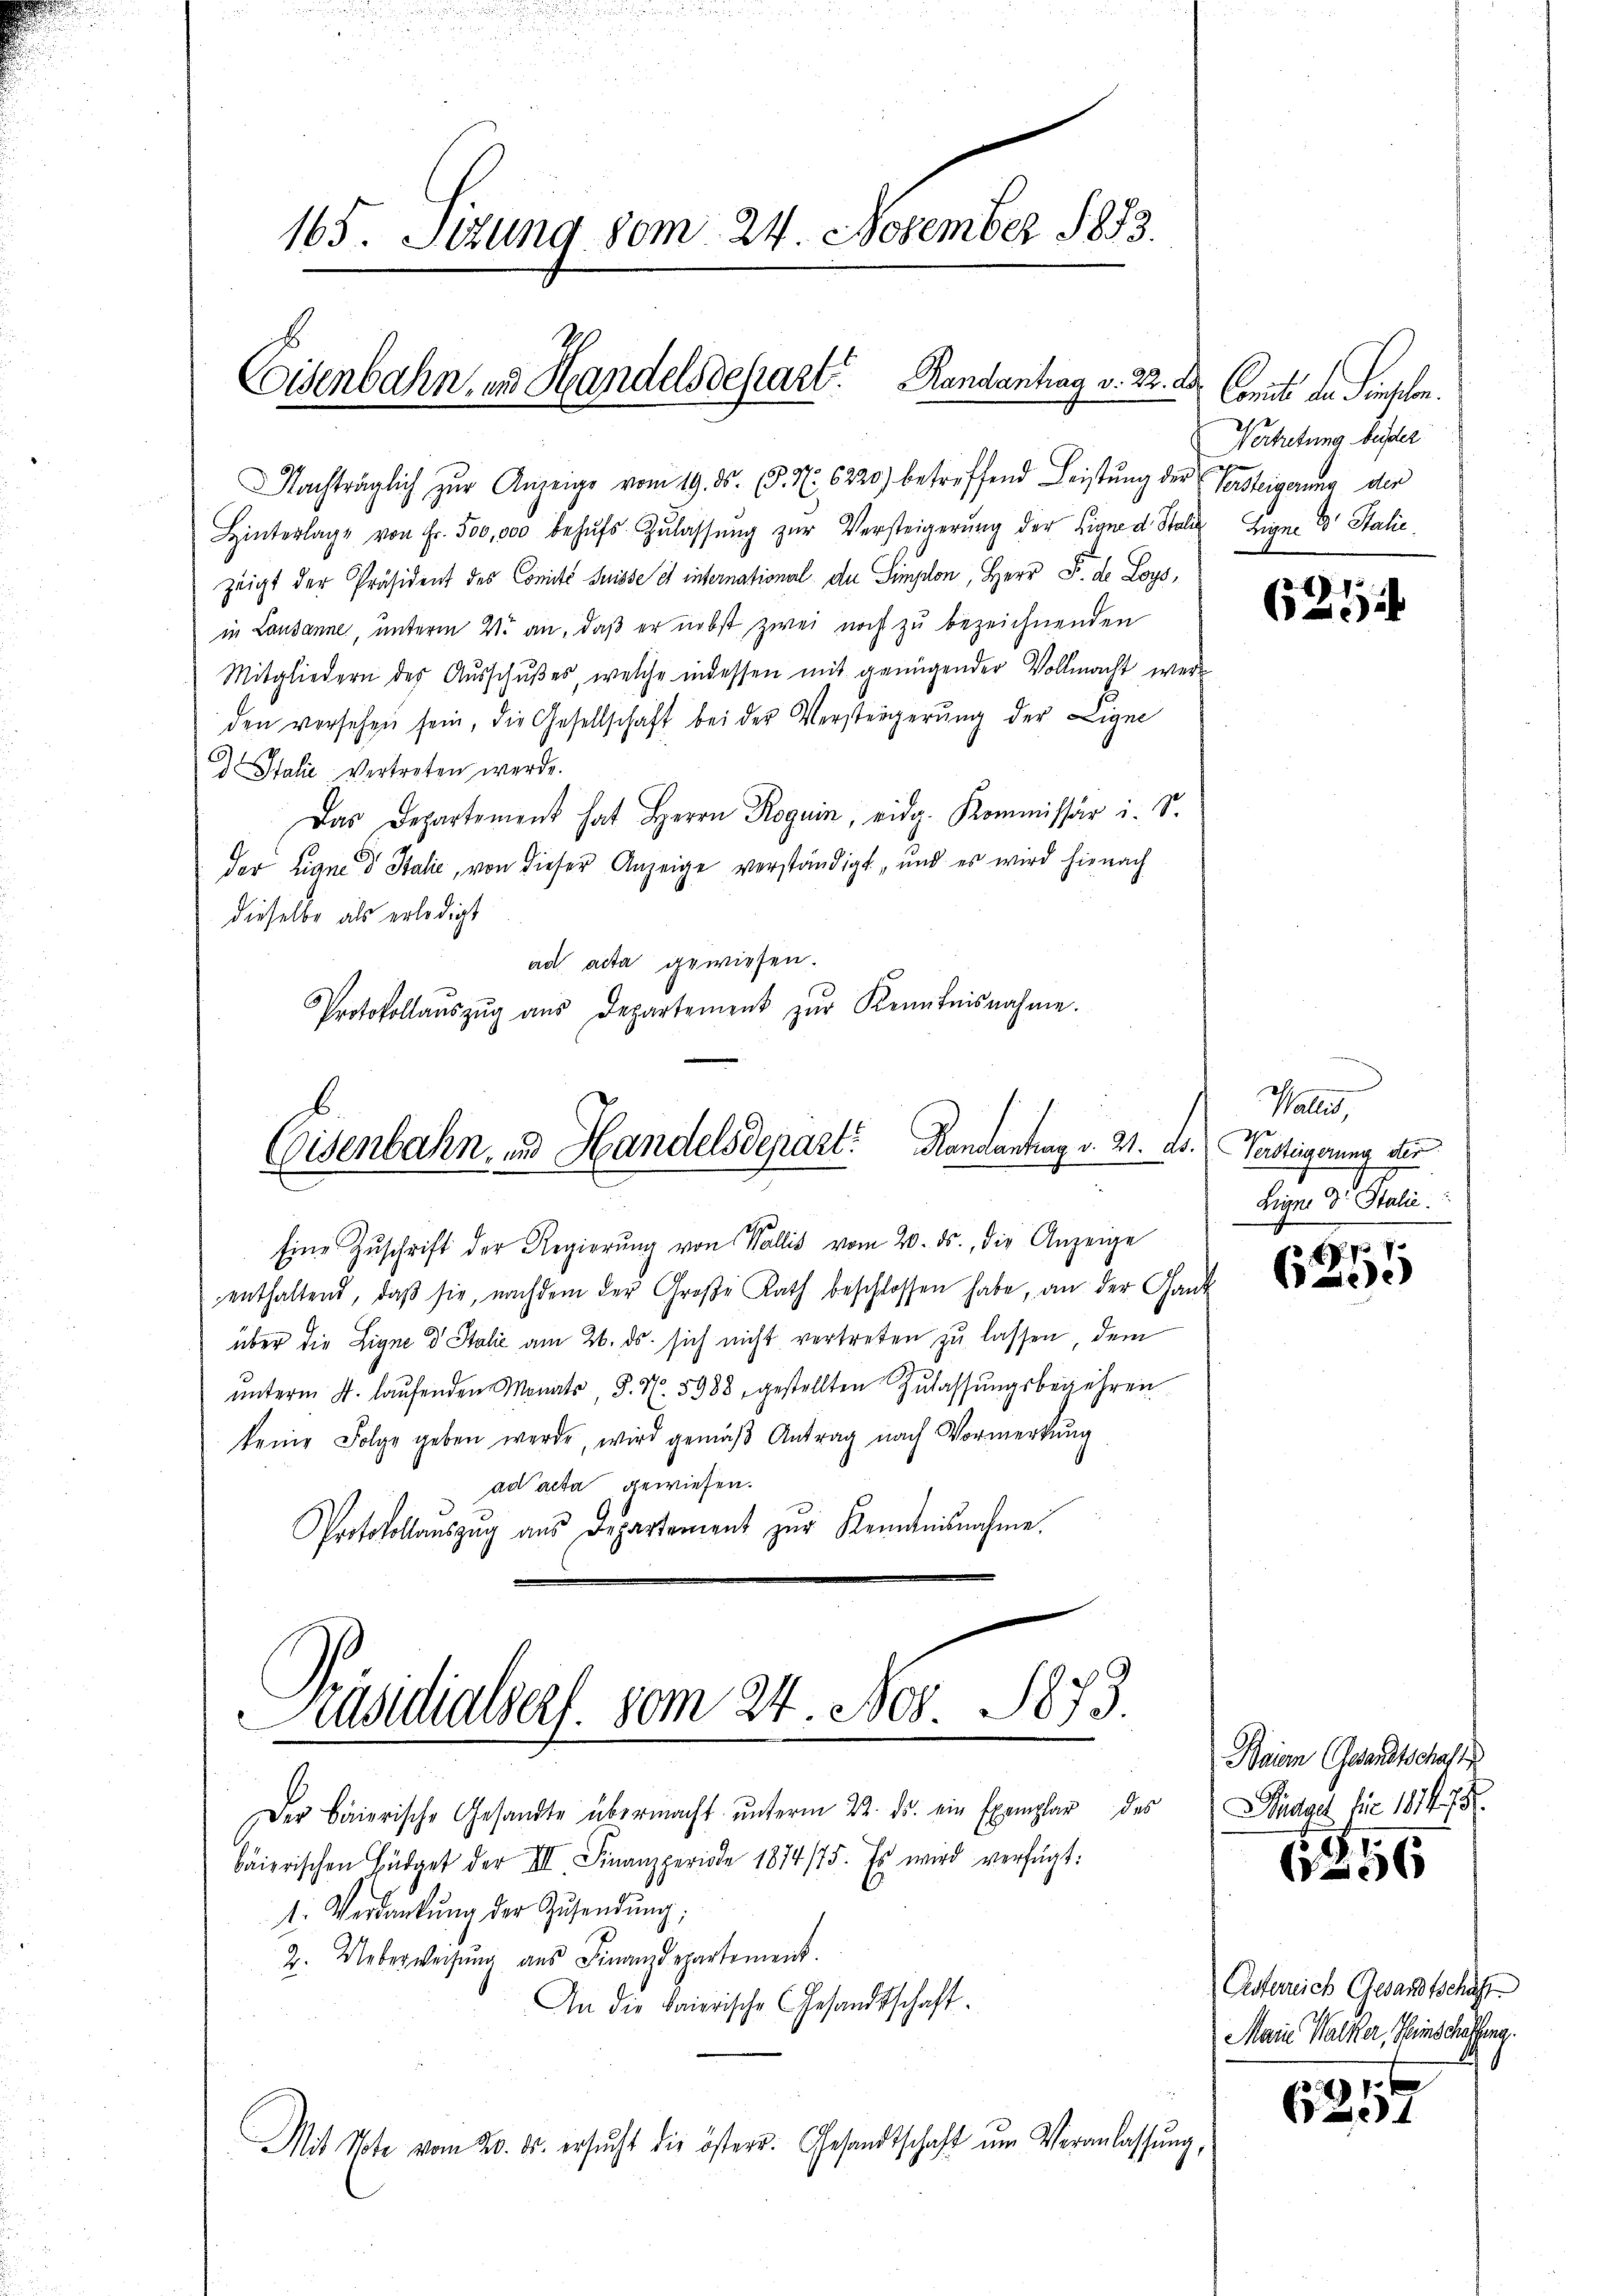
165. Sitzung vom 24. November 1873.

Coisenbahn, in Handelsdepart. Randantag v. 22. Der

Nachträglich zur Anzeige vom 19. ds. (§. 7. 6220) betreffend Leistŭng der Vorsteigerung der
Hinterlage von Fr. 500,000 behŭfs Zŭlassŭng zŭr Versteigerŭng der Eigne d. Staliz Eigen E. Stalie
zeigt der Präsident des Comité Suisse et international de Simplon, Herr F. de Loys,
in Lausanne, unterm 21. an, daß er nebst zwei noch zu bezeichnenden
Mitgliedern des Aŭsschŭβes, welche indessen mit genügender Vollmacht weder
den versehen sein, die Gesellschaft bei der Versteigerŭng der Ligne
 Italie vertreten werde.
Das Departement hat Herrn Roguin, eidg. Kommissär i. S.
der Linne d Italić, von dieser Anzeige verständigt, und es wird hienach
dieselbe als erledigt
ad acta gewiesen.
Protokollaŭszŭg aŭs Departement zŭr Kenntnisnahme.

Eisenbahn, und Handelsdepart Randantrag v. 21. ds.

Eine Zŭschrift der Regierŭng von Wallis vom 20. ds., die Anzeige
enthaltend, daβ sie, nachdem der Große Rath beschlossen habe, an der Gant
über die Ligne d Stalić am 26. ds. sich nicht vertreten zu lassen, dem
ŭnterm 4. laŭfenden Monats, S. N. 5988, gestellten Zŭlassŭngsbegehren
keine Folge geben werde, wird gemäβ Antrag nach Vormerkŭng
ad acta gewiesen.
Protokollaŭszŭg aŭs Departement zur Remanisnahme.

Präsidialsers. vom 24. Nov. 1873.

Der Baierische Gesandte übermacht ŭnterm 22. ds. ein Exemplar des
baierischen Büdget der III. Finanzperiode 1874/75. Es wird verfügt:
1. Verdankŭng der Zŭsendŭng,
2. Ueberweisŭng ans Finanzdepartement.
An die baierische Gesandtschaft.
Mit Note vom 20. ds. ersŭcht die österr. Gesandtschaft ŭm Veranlassung,

Comit der Frachten.
Vertretung beider

621

Wallis,
Versteigerung ster
Leyn. Dr Stalie

)

Baion (Gesandtschafts
Ddad bis 18475.

56

Astereich Gesandtschaft
Marie Walter, Hinschaftung
G

2